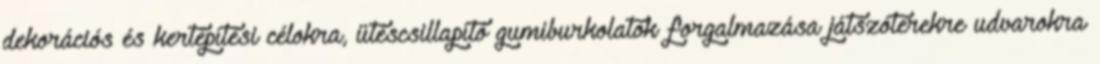
dekorációs és kertépítési célokra, ütéscsillapító gumiburkolatok forgalmazása játszóterekre udvarokra